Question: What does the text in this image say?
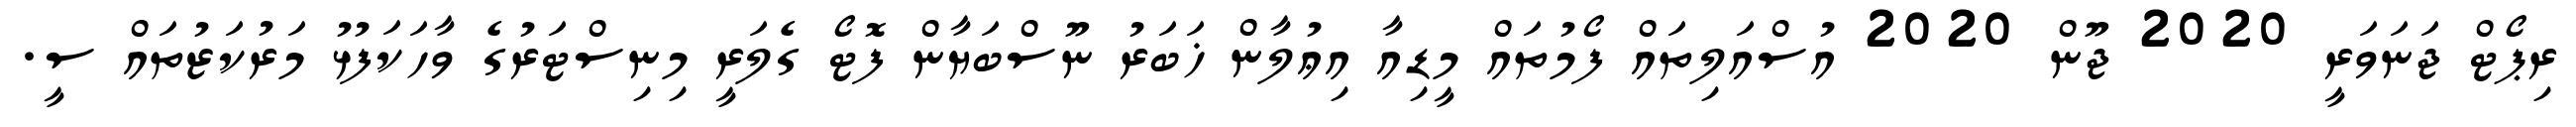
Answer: ރިޕޯޓް ޖަނަވަރީ 2020 ޖޫން 2020 އުސްއަލިތައް ފޯމުތައް މީޑިއާ އިޢުލާން ޚަބަރު ނޫސްބަޔާން ފޮޓޯ ގެލަރީ މިނިސްޓަރުގެ ވާހަކަފުޅު މަރުކަޒުތައް ސީ.